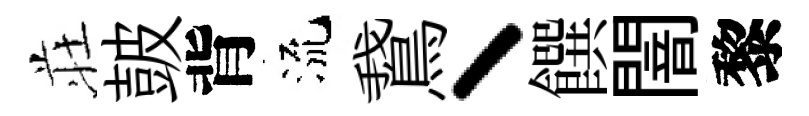
荘皷背流鵞丶饌闇黎